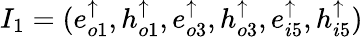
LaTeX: I_{1}=(e_{o1}^{\uparrow},h_{o1}^{\uparrow},e_{o3}^{\uparrow},h_{o3}^{\uparrow},e_{i5}^{\uparrow},h_{i5}^{\uparrow})